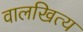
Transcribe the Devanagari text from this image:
वालखित्य